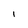
Character: i